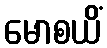
မောစယိံ